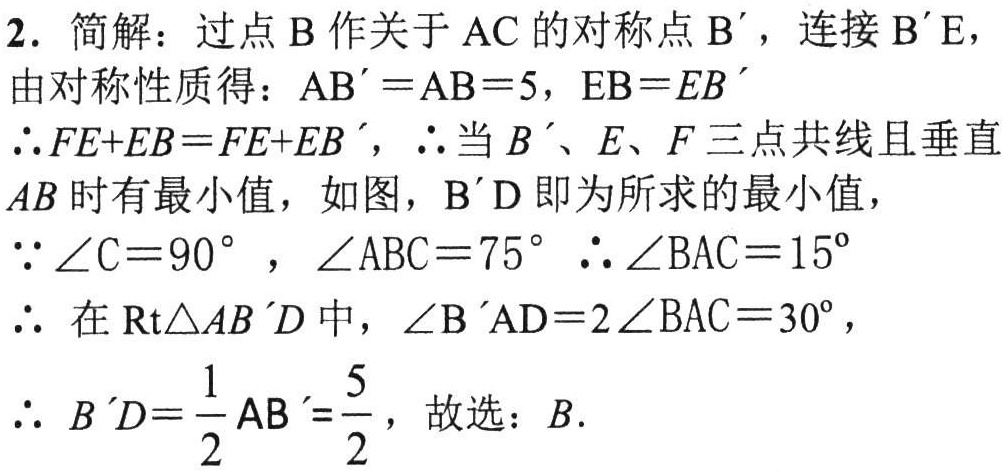
2. 简解：过点\(B\)作关于\(AC\)的对称点\(B'\)，连接\(B'E\)，

由对称性质得：\(AB' = AB = 5\)，\(EB = EB'\)

\(\therefore FE + EB=FE + EB'\)，\(\therefore\)当\(B'\)、\(E\)、\(F\)三点共线且垂直\(AB\)时有最小值，如图，\(B'D\)即为所求的最小值，

\(\because\angle C = 90^{\circ}\)，\(\angle ABC = 75^{\circ}\)\(\therefore\angle BAC = 15^{\circ}\)

\(\therefore\) 在\(Rt\triangle AB'D\)中，\(\angle B'AD = 2\angle BAC = 30^{\circ}\)，

\(\therefore B'D=\frac{1}{2}AB'=\frac{5}{2}\)，故选：\(B\).